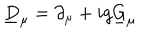
LaTeX: \underline { { { D } } } _ { \mu } = \partial _ { \mu } + i g \underline { { { G } } } _ { \mu }